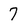
Character: 7